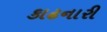
કાઢનારી